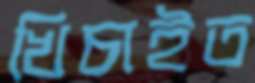
খিচাইত